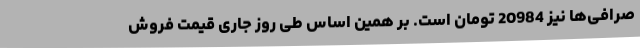
صرافی‌ها نیز 20984 تومان است. بر همین‌ اساس طی روز جاری قیمت فروش